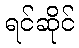
ရင်ဆိုင်